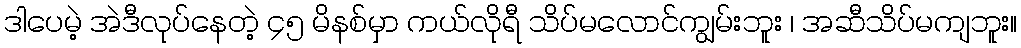
ဒါပေမဲ့ အဲဒီလုပ်နေတဲ့ ၄၅ မိနစ်မှာ ကယ်လိုရီ သိပ်မလောင်ကျွမ်းဘူး ၊ အဆီသိပ်မကျဘူး။